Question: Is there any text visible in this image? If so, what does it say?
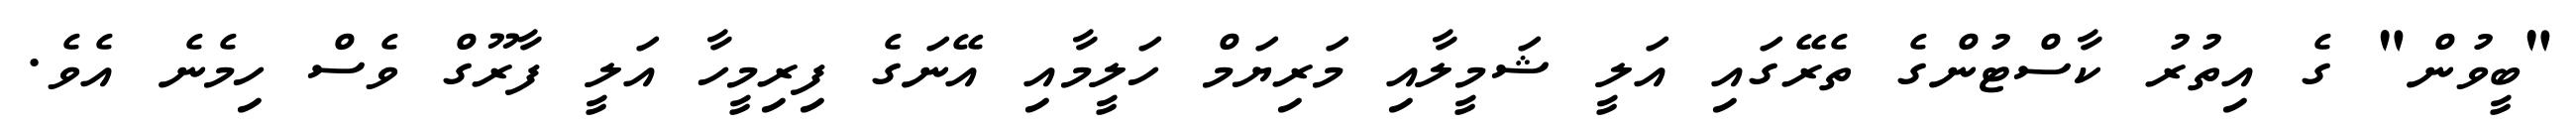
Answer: "ބީވުން" ގެ އިތުރު ކާސްޓުންގެ ތެރޭގައި އަލީ ޝަމީލާއި މަރިޔަމް ހަލީމާއި އޭނަގެ ފިރިމީހާ އަލީ ފާރޫގް ވެސް ހިމެނެ އެވެ.